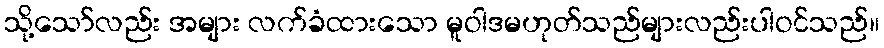
သို့သော်လည်း အများ လက်ခံထားသော မူဝါဒမဟုတ်သည်များလည်းပါဝင်သည်။